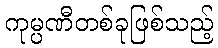
ကုမ္ပဏီတစ်ခုဖြစ်သည့်